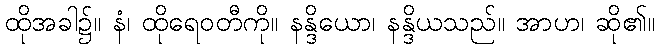
ထိုအခါ၌။ နံ၊ ထိုရေဝတီကို။ နန္ဒိယော၊ နန္ဒိယသည်။ အာဟ၊ ဆို၏။